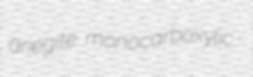
ariegite monocarboxylic